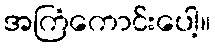
အကြံကောင်းပေါ့။